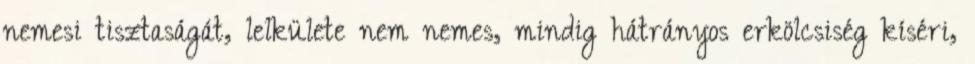
nemesi tisztaságát, lelkülete nem nemes, mindig hátrányos erkölcsiség kíséri,